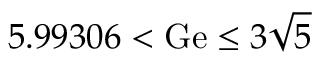
5 . 9 9 3 0 6 < \mathrm { G e } \le 3 \sqrt { 5 }